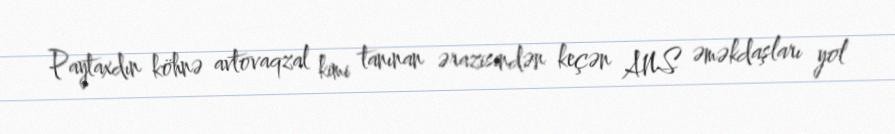
Paytaxdın köhnə avtovaqzal kimi tanınan ərazisindən keçən ANS əməkdaşları yol